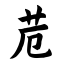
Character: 苊